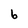
Character: 6